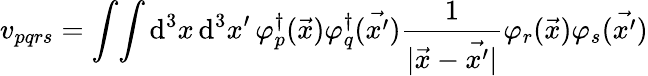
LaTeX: {v}_{pqrs}=\int\! \int\mathrm{d}^{3}x\, \mathrm{d}^{3}{x^{\prime}}\, {\varphi}_{p}^{\dagger}(\vec{{x}}){\varphi}_{q}^{\dagger}(\vec{{x^{\prime}}})\frac{{1}}{{\vert\vec{{x}}-\vec{{x^{\prime}}}\vert}}{\varphi}_{r}(\vec{{x}}){\varphi}_{s}(\vec{{x^{\prime}}})